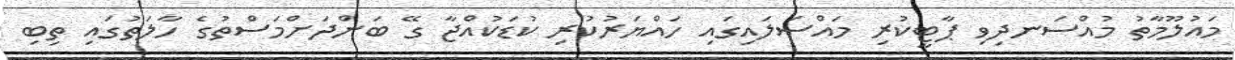
މައުލޫމާތު މުއްސަނދިވި ޕާޓީކުރި މައްސަލައިގައި ހައްޔަރުކުރި ކުޑަކުއްޖާ ގޭ ބަންދަށްމަސްތުގެ ހާލަތުގައި ތިބި